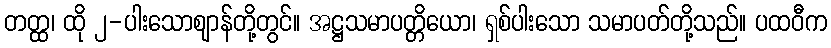
တတ္ထ၊ ထို ၂-ပါးသောဈာန်တို့တွင်။ အဋ္ဌသမာပတ္တိယော၊ ရှစ်ပါးသော သမာပတ်တို့သည်။ ပထဝီက